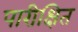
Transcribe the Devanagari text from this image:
पारीक्षित